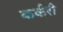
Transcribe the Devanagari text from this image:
कर्करी